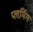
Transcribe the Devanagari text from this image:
प्लमिंग